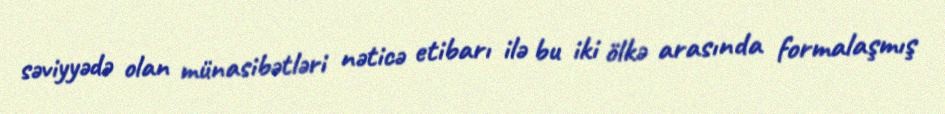
səviyyədə olan münasibətləri nəticə etibarı ilə bu iki ölkə arasında formalaşmış